Indian journal of veterinary science and animal husbandry - Volume 5,
Year: 1935
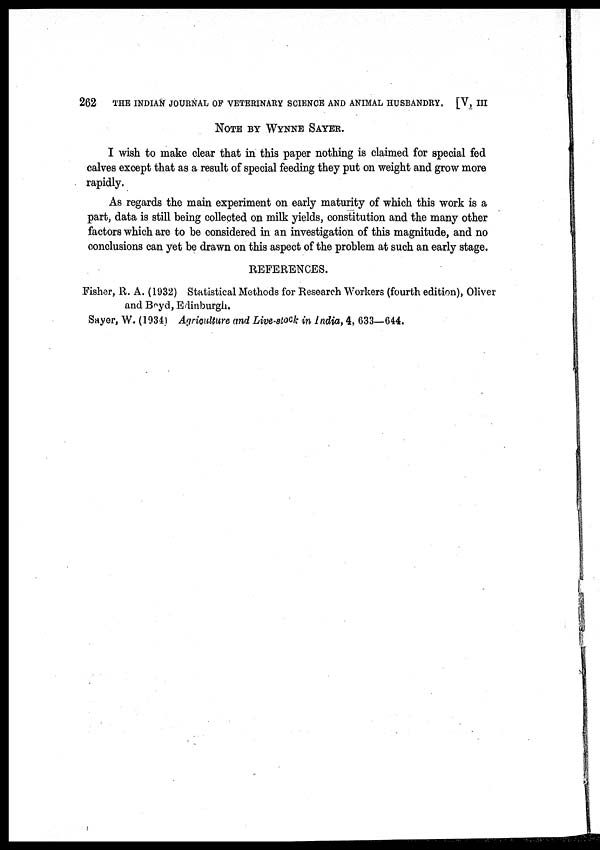
262
THE INDIAN JOURNAL OF VETERINARY SCIENCE AND ANIMAL HUSBANDRY. [V, III
NOTE BY WYNNE SAYER.
I wish to make clear that in this paper nothing is claimed for special fed
calves except that as a result of special feeding they put on weight and grow more
rapidly.
As regards the main experiment on early maturity of which this work is a
part, data is still being collected on milk yields, constitution and the many other
factors which are to be considered in an investigation of this magnitude, and no
conclusions can yet be drawn on this aspect of the problem at such an early stage.
REFERENCES.
Fisher, R. A. (1932) Statistical Methods for Research Workers (fourth edition), Oliver
and Boyd, Edinburgh.
Sayer, W. (1934) Agriculture and Live-stock in India, 4, 633—644.